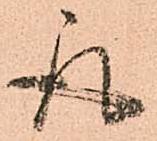
取